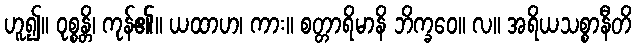
ဟူ၍။ ဝုစ္စန္တိ၊ ကုန်၏။ ယထာဟ၊ ကား။ စတ္တာရိမာနိ ဘိက္ခဝေ။ လ။ အရိယသစ္စာနီတိ